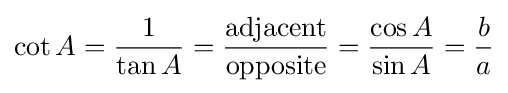
\cot A={\frac {1}{\tan A}}={\frac {\textrm {adjacent}}{\textrm {opposite}}}={\frac {\cos A}{\sin A}}={\frac {b}{a}}